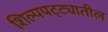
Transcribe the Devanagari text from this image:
शिल्पपट्ट्यातील